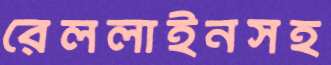
রেললাইনসহ